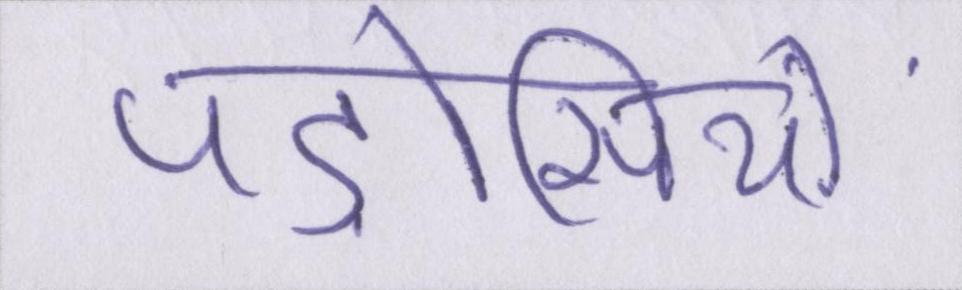
पड़ोसियों